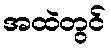
အထဲတွင်